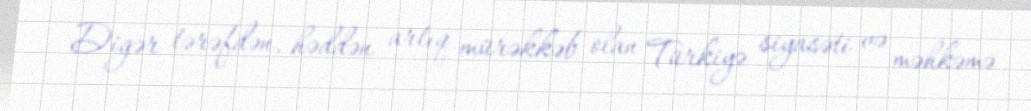
Digər tərəfdən, həddən artıq mürəkkəb olan Türkiyə siyasəti və məhkəmə